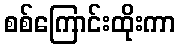
စစ်ကြောင်းထိုးကာ